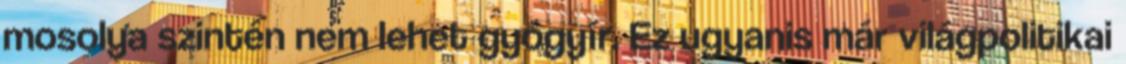
mosolya szintén nem lehet gyógyír. Ez ugyanis már világpolitikai